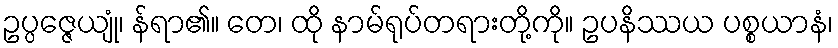
ဥပ္ပဇ္ဇေယျုံ၊ န်ရာ၏။ တေ၊ ထို နာမ်ရုပ်တရားတို့ကို။ ဥပနိဿယ ပစ္စယာနံ၊